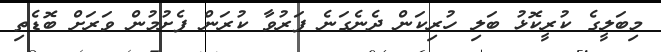
މިބަލީގެ ކުރީކޮޅު ބަލި ހުރިކަން ދެނެގަނެ ފަރުވާ ކުރަން ފެށުމުން ވަރަށް ބޮޑެތި